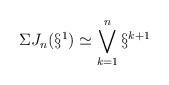
LaTeX: \begin{align*}\Sigma J_n(\S^1)\simeq\bigvee_{k=1}^n\S^{k+1}\end{align*}